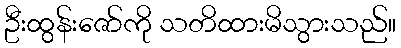
ဦးထွန်းဇော်ကို သတိထားမိသွားသည်။